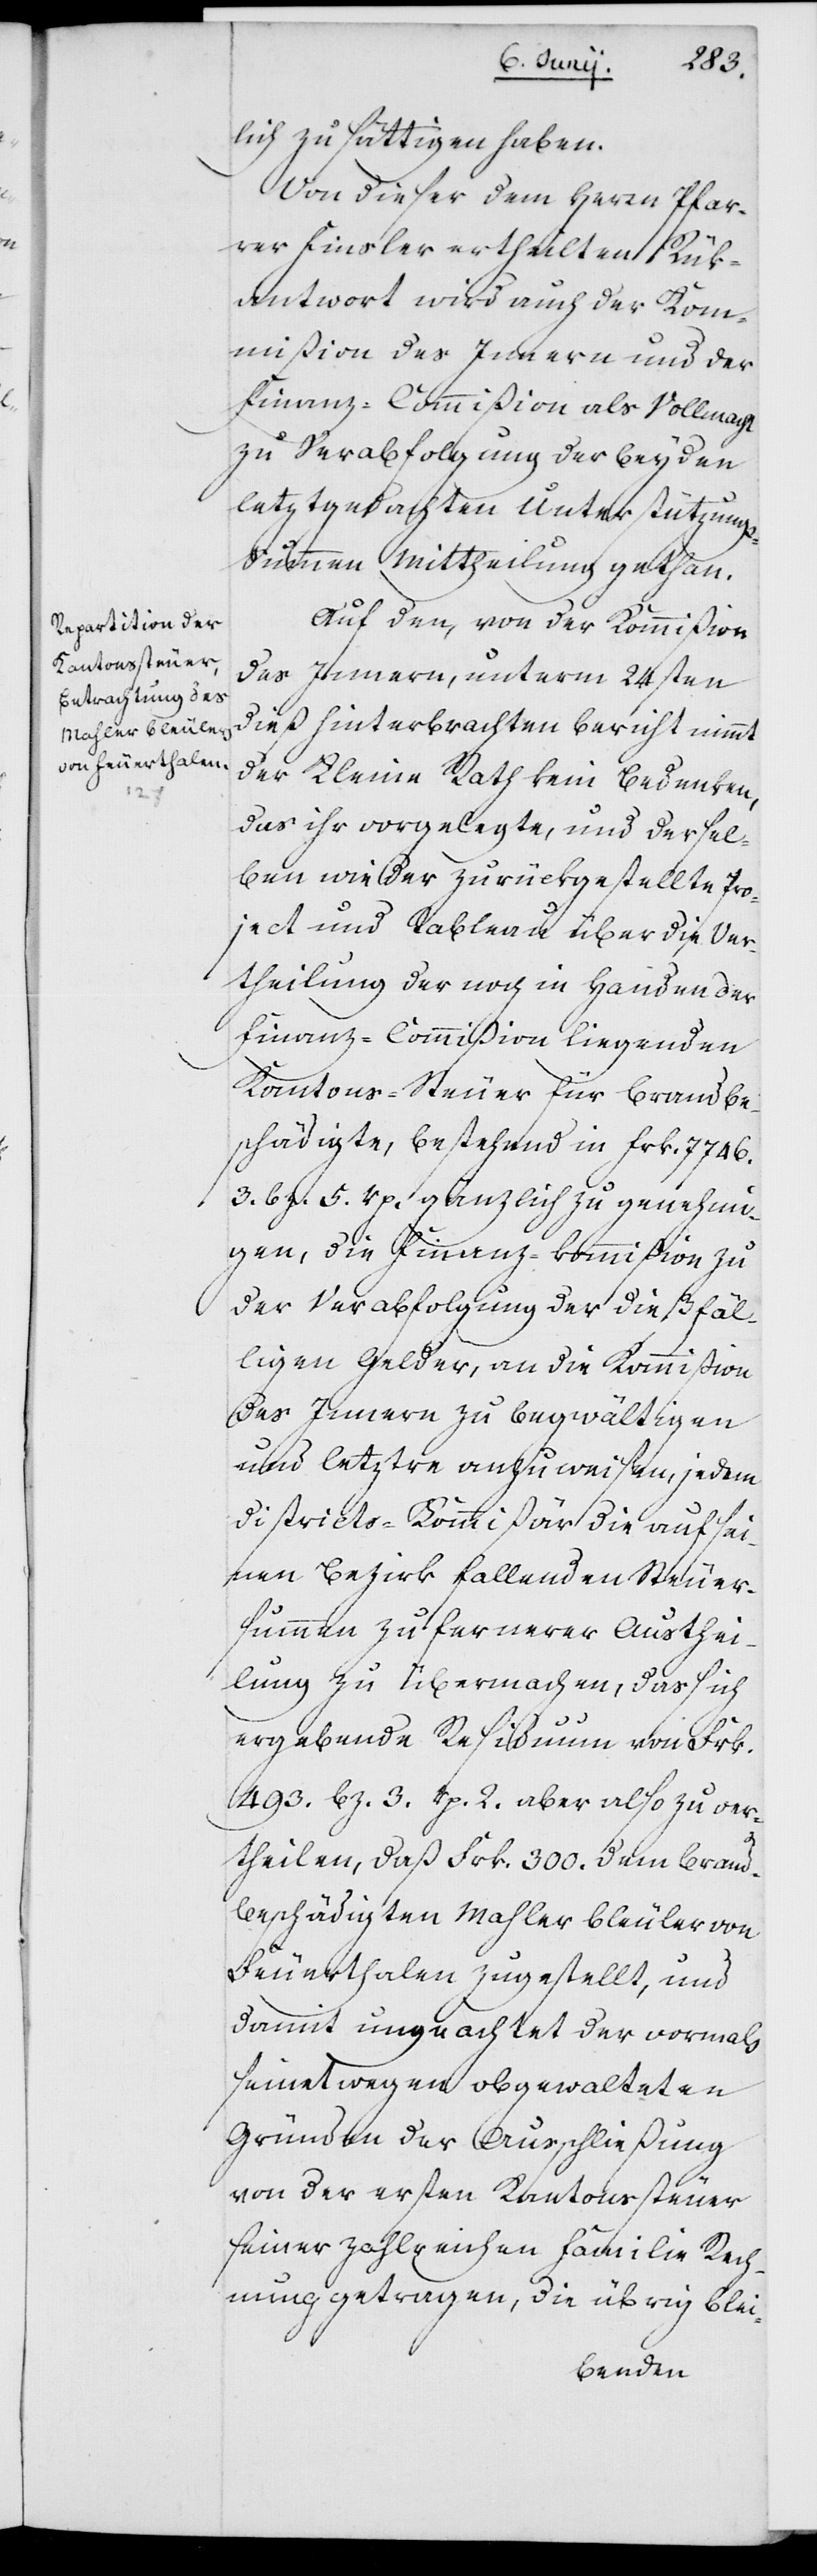
lich zu sättigen haben.
Von dieser dem Herrn Pfar¬
rer Finsler ertheilten Rük¬
antwort wird auch der Ko¬
mmißion des Innern und der
Finanz-Commißion als Vollmacht
zu Verabfolgung der beyden
letztgedachten Unterstützung¬
s-Summen Mittheilung gethan.
Auf den, von der Kommißion
des Innern, unterm 24sten
dieß hinterbrachten Bericht nimmt
der Kleine Rath kein Bedenken,
das ihr vorgelegte, und dersel¬
ben wieder zurückgestellte Pro¬
ject und Tableau über die Ver¬
theilung der noch in Handen der
Finanz-Commißion liegenden
Kantons-Steuer für Brandbe¬
schädigte, bestehend in Frk. 7746.
3. Bz. 5. Rp. gänzlich zu genehmi¬
gen, die Finanzkommißion zu
der Verabfolgung der dießfäl¬
ligen Gelder an die Kommißion
des Innern zu begwältigen
und letztre anzuweisen, jedem
Districts-Kommißär die auf sei¬
nen Bezirk fallenden Steuer¬
summen zu fernerer Austei¬
lung zu übermachen, das sich
ergebende Residuum von Frk.
493. Bz. 3. Rp. 2. aber also zu ver¬
theilen, daß Frk. 300. dem brand¬
beschädigten Mahler Bleuler von
Feuerthalen zugestellt, und
damit ungeachtet der vormals
seinetwegen obgewalteten
Gründen der Ausschließung
von der ersten Kantonssteuer
seiner zahlreichen Familie Rech¬
nung getragen, die übrig blei-